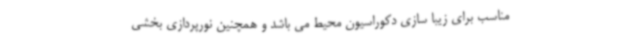
مناسب برای زیبا سازی دکوراسیون محیط می باشد و همچنین نورپردازی بخشی